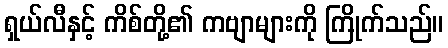
ရှယ်လီနှင့် ကိစ်တို့၏ ကဗျာများကို ကြိုက်သည်။